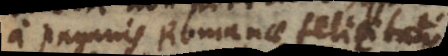
a paganis Romanae felicitatis